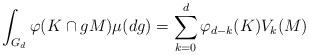
LaTeX: \begin{align*}\int_{G_d} \varphi (K\cap gM) \mu (dg) = \sum_{k=0}^d \varphi_{d-k}(K)V_k(M)\end{align*}